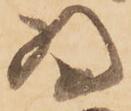
為